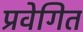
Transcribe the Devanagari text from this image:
प्रवेगित